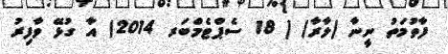
ފާތުމަތު ނީނާ (ލާރާ) ( 18 ސެޕްޓެމްބަރ 2014) އާ ގުޅޭ ވާފިރު